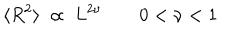
LaTeX: \langle R ^ { 2 } \rangle \ \propto \ L ^ { 2 \nu } \qquad 0 < \nu < 1